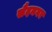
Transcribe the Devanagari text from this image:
सैदनगर